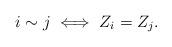
LaTeX: \begin{align*}i \sim j \iff Z_i = Z_j.\end{align*}